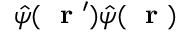
\hat { \psi } ( \mathrm { ~ \bf ~ r ~ } ^ { \prime } ) \hat { \psi } ( \mathrm { ~ \bf ~ r ~ } )